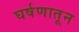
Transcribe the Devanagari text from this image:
घर्षणातून